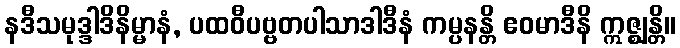
နဒီသမုဒ္ဒါဒိနိမ္မာနံ, ပထဝီပဗ္ဗတပါသာဒါဒီနံ ကမ္ပနန္တိ ဧဝမာဒီနိ ဣဇ္ဈန္တိ။